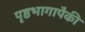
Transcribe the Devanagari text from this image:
पृष्ठभागापैकी